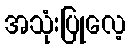
အသုံးပြုလေ့